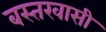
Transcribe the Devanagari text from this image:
बस्तरवासी